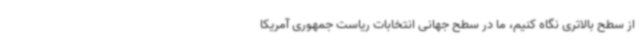
از سطح بالاتری نگاه کنیم، ما در سطح جهانی انتخابات ریاست جمهوری آمریکا